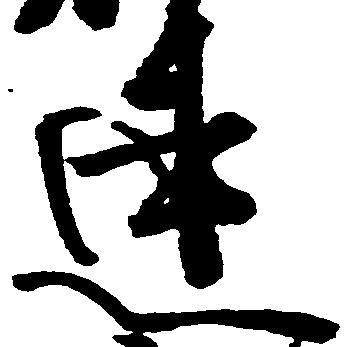
連